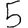
Digit: 5